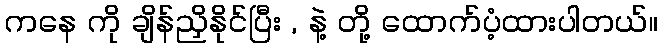
ကနေ ကို ချိန်ညှိနိုင်ပြီး , နဲ့ တို့ ထောက်ပံ့ထားပါတယ်။